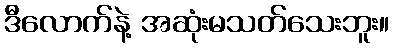
ဒီလောက်နဲ့ အဆုံးမသတ်သေးဘူး။